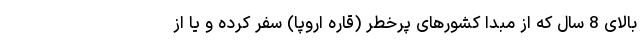
بالای 8 سال که از مبدا کشورهای پرخطر (قاره اروپا) سفر کرده و یا از